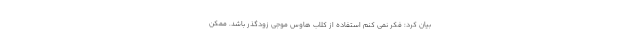
بیان کرد: فکر نمی کنم استفاده از کلاب هاوس موجی زودگذر باشد. ممکن